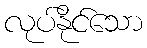
လုပ်နိုင်သော